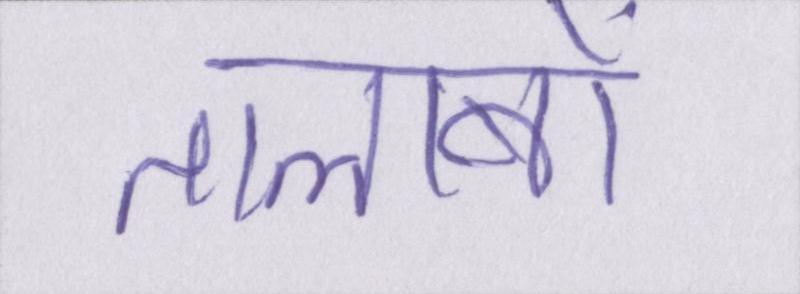
तालाबों